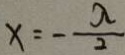
x = - \frac { a } { 2 }